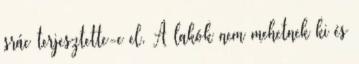
srác terjesztette-e el. A lakók nem mehetnek ki és